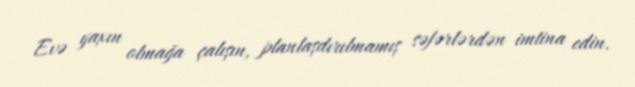
Evə yaxın olmağa çalışın, planlaşdırılmamış səfərlərdən imtina edin.